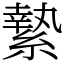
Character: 縶